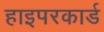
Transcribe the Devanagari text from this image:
हाइपरकार्ड